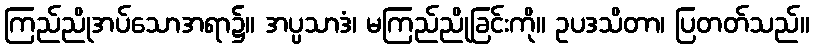
ကြည်ညိုအပ်သောအရာ၌။ အပ္ပသာဒံ၊ မကြည်ညိုခြင်းကို။ ဥပဒသိတာ၊ ပြတတ်သည်။